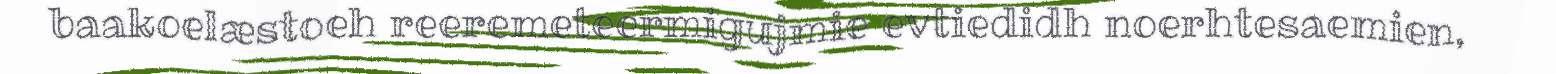
baakoelæstoeh reeremeteermigujmie evtiedidh noerhtesaemien,